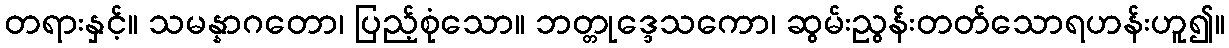
တရားနှင့်။ သမန္နာဂတော၊ ပြည့်စုံသော။ ဘတ္တုဒ္ဒေသကော၊ ဆွမ်းညွန်းတတ်သောရဟန်းဟူ၍။